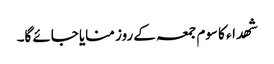
شھداء کا سوم جمعہ کے روز منایا جائے گا۔